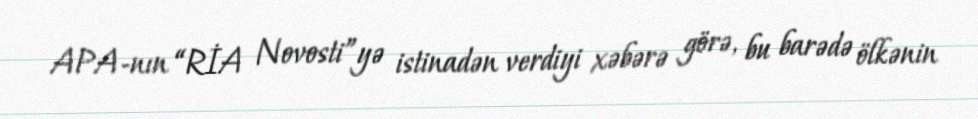
APA-nın “RİA Novosti”yə istinadən verdiyi xəbərə görə, bu barədə ölkənin